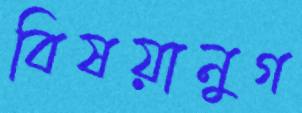
বিষয়ানুগ